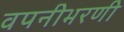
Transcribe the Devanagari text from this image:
वपनीभरणी